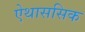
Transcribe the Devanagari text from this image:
ऐथाससिक